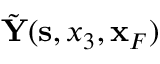
\tilde { \bf Y } ( { \bf s } , x _ { 3 } , { \bf x } _ { F } )